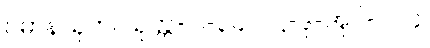
ပဓာနသုတ်၊ သုတ္တ-ပါ-၃၄၁၊ ဋ္ဌ-ဒု-အုပ်-၁၁၄၊